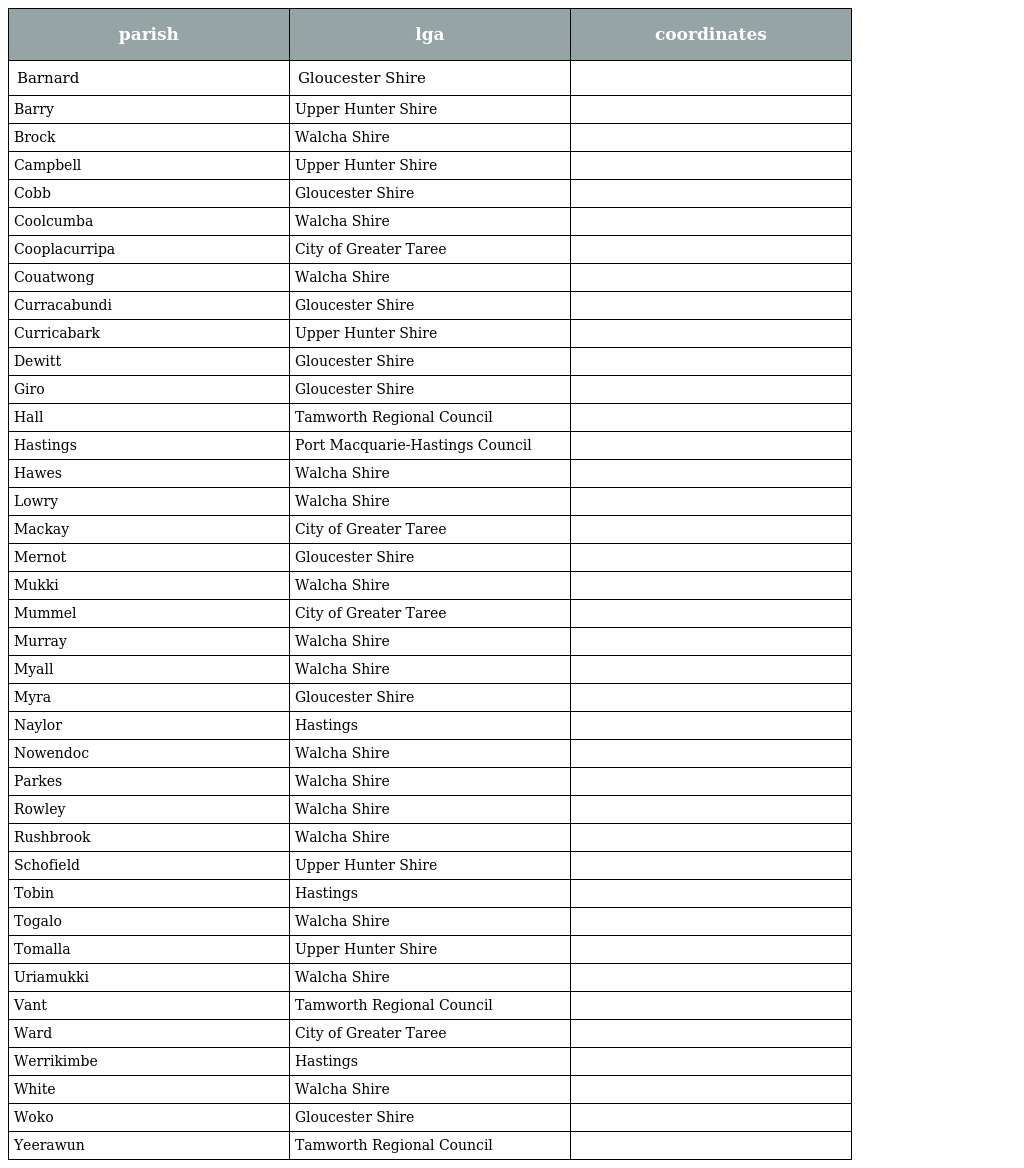
| parish | lga | coordinates |
 | --- | --- | --- |
 | Barnard | Gloucester Shire |  |
 | Barry | Upper Hunter Shire |  |
 | Brock | Walcha Shire |  |
 | Campbell | Upper Hunter Shire |  |
 | Cobb | Gloucester Shire |  |
 | Coolcumba | Walcha Shire |  |
 | Cooplacurripa | City of Greater Taree |  |
 | Couatwong | Walcha Shire |  |
 | Curracabundi | Gloucester Shire |  |
 | Curricabark | Upper Hunter Shire |  |
 | Dewitt | Gloucester Shire |  |
 | Giro | Gloucester Shire |  |
 | Hall | Tamworth Regional Council |  |
 | Hastings | Port Macquarie-Hastings Council |  |
 | Hawes | Walcha Shire |  |
 | Lowry | Walcha Shire |  |
 | Mackay | City of Greater Taree |  |
 | Mernot | Gloucester Shire |  |
 | Mukki | Walcha Shire |  |
 | Mummel | City of Greater Taree |  |
 | Murray | Walcha Shire |  |
 | Myall | Walcha Shire |  |
 | Myra | Gloucester Shire |  |
 | Naylor | Hastings |  |
 | Nowendoc | Walcha Shire |  |
 | Parkes | Walcha Shire |  |
 | Rowley | Walcha Shire |  |
 | Rushbrook | Walcha Shire |  |
 | Schofield | Upper Hunter Shire |  |
 | Tobin | Hastings |  |
 | Togalo | Walcha Shire |  |
 | Tomalla | Upper Hunter Shire |  |
 | Uriamukki | Walcha Shire |  |
 | Vant | Tamworth Regional Council |  |
 | Ward | City of Greater Taree |  |
 | Werrikimbe | Hastings |  |
 | White | Walcha Shire |  |
 | Woko | Gloucester Shire |  |
 | Yeerawun | Tamworth Regional Council |  |